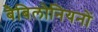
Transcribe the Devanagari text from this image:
बैबिलोनियनों